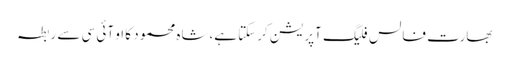
بھارت فالس فلیگ آپریشن کرسکتا ہے،شاہ محمود کا او آئی سی سے ربطہ